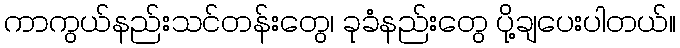
ကာကွယ်နည်းသင်တန်းတွေ၊ ခုခံနည်းတွေ ပို့ချပေးပါတယ်။